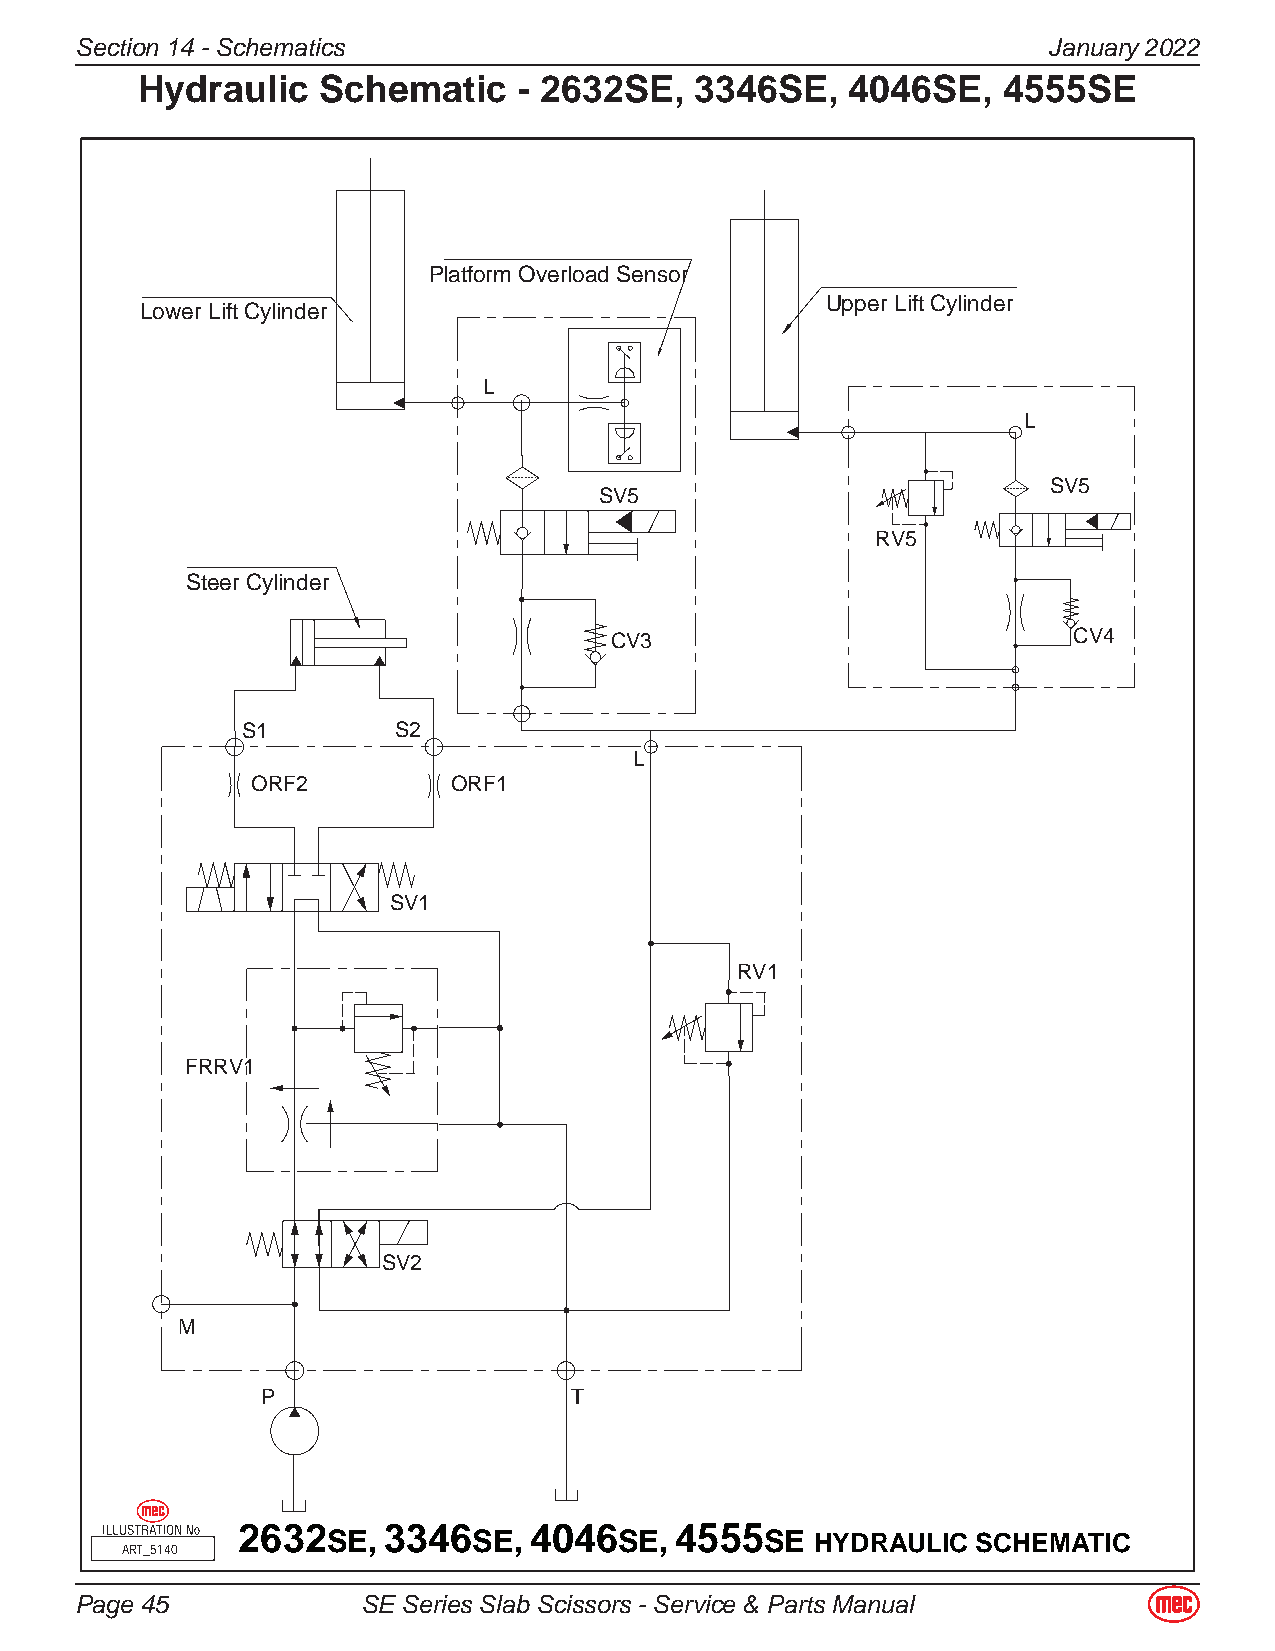
Secton 14 - Schematcs                                         January 2022
 Hydraulic   Schematic    - 2632SE,   3346SE,   4046SE,   4555SE
 Platform Overload Sensor
 Upper Lift Cylinder
 Lower Lift Cylinder
 L
 L
 SV5
 SV5
 RV5
 Steer Cylinder
 CV3                            CV4
 S1        S2
 L
 ORF2         ORF1
 SV1
 RV1
 FRRV1
 SV2
 M
 P                    T
 2632SE,  3346SE,   4046SE,   4555SE
 HYDRAULIC  SCHEMATIC
 ART_5140
 Page 45            SE Seres Slab Scssors - Servce & Parts Manual